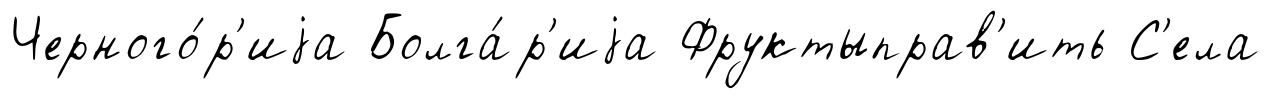
Черного́р'иjа Болга́р'иjа Фруктыправ'ить С'ела